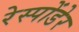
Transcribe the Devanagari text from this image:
रेस्पोंडेर